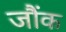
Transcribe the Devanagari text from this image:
जौंक